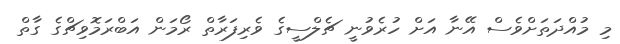
މި މުއްދަތަށްވެސް އޭނާ އަށް ހުރެވުނީ ޗެލްސީގެ ވެރިފަރާތް ރޯމަން އަބްރަމޮވިޗްގެ ގާތް